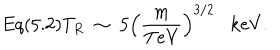
E q ( 5 . 2 ) T _ { R } \; \sim \; 5 \left( \frac { m } { \mathrm { T e V } } \right) ^ { 3 / 2 } \mathrm { k e V } .